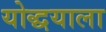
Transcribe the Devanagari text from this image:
योद्धयाला